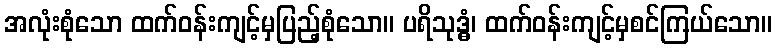
အလုံးစုံသော ထက်ဝန်းကျင့်မှပြည့်စုံသော။ ပရိသုဒ္ဓံ၊ ထက်ဝန်းကျင့်မှစင်ကြယ်သော။